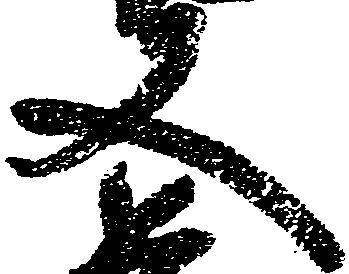
又